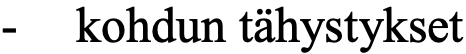
-  kohdun tähystykset